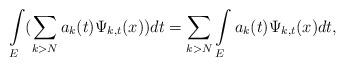
LaTeX: \begin{align*}\int\limits_{E}(\sum_{k>N}a_{k}(t)\Psi_{k,t}(x))dt=\sum_{k>N}\int\limits_{E}a_{k}(t)\Psi_{k,t}(x)dt,\end{align*}